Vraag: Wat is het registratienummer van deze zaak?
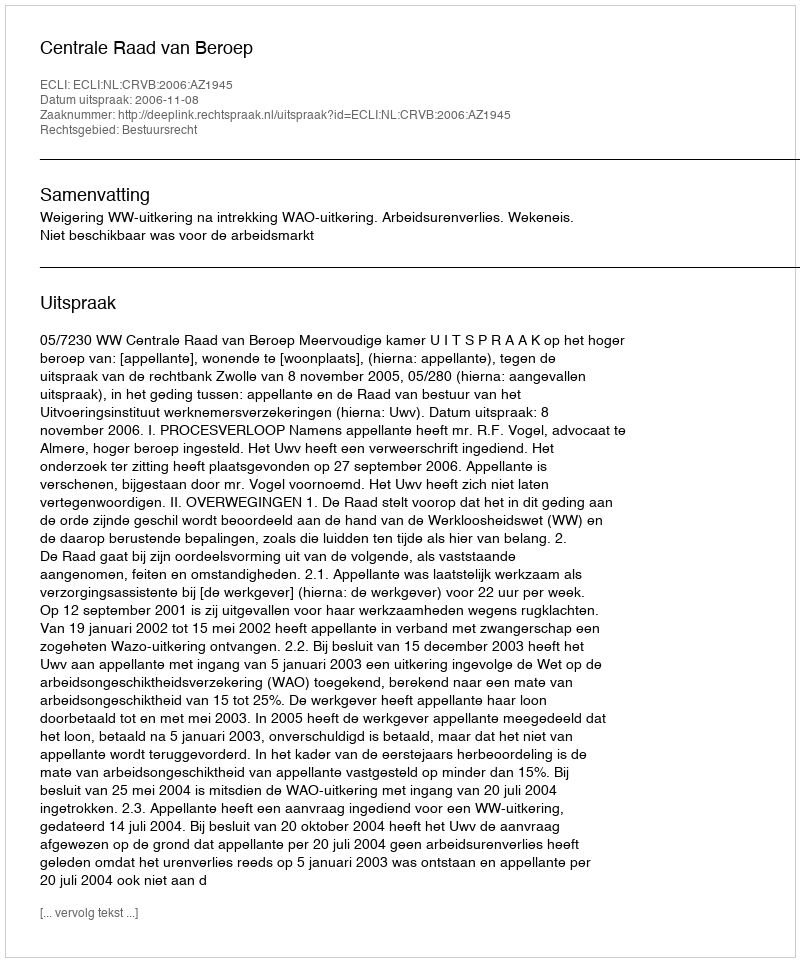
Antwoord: http://deeplink.rechtspraak.nl/uitspraak?id=ECLI:NL:CRVB:2006:AZ1945